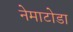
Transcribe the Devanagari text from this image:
नेमाटोडा